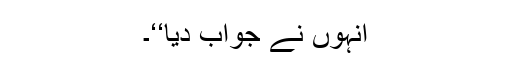
انہوں نے جواب دیا‘‘۔